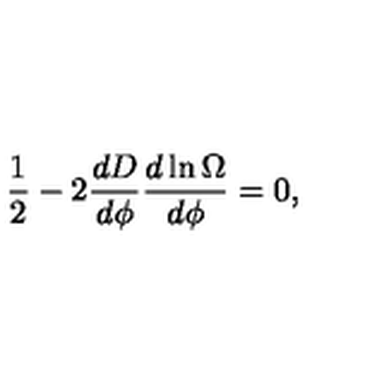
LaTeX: { \frac { 1 } { 2 } } - 2 { \frac { d D } { d \phi } } { \frac { d \ln \Omega } { d \phi } } = 0 ,